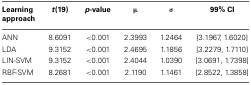
<table><thead><tr><td><b>Learning approach</b></td><td><b><i>t</i>(19)</b></td><td><b><i>p</i>-value</b></td><td><b>μ</b></td><td><b>σ</b></td><td><b>99% CI</b></td></tr></thead><tbody><tr><td>ANN</td><td>8.6091</td><td>&lt;0.001</td><td>2.3993</td><td>1.2464</td><td>[3.1967, 1.6020]</td></tr><tr><td>LDA</td><td>9.3152</td><td>&lt;0.001</td><td>2.4695</td><td>1.1856</td><td>[3.2279, 1.7110]</td></tr><tr><td>LIN-SVM</td><td>9.3152</td><td>&lt;0.001</td><td>2.4044</td><td>1.0390</td><td>[3.0691, 1.7398]</td></tr><tr><td>RBF-SVM</td><td>8.2681</td><td>&lt;0.001</td><td>2.1190</td><td>1.1461</td><td>[2.8522, 1.3858]</td></tr></tbody></table>